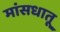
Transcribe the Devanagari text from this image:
मांसधातू